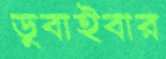
ডুবাইবার